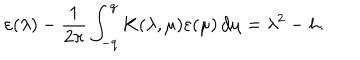
\varepsilon ( \lambda ) - \frac { 1 } { 2 \pi } \int _ { - q } ^ { q } K ( \lambda , \mu ) \varepsilon ( \mu ) \, d \mu = \lambda ^ { 2 } - h .